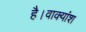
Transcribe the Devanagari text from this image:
है।वाक्यांश